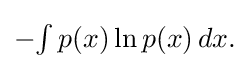
{\textstyle -\!\int p(x)\ln p(x)\,dx.}